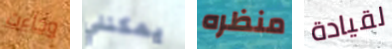
وجاءت يمكنني منظره لقيادة